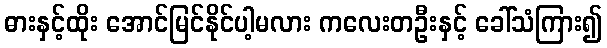
ဓားနှင့်ထိုး အောင်မြင်နိုင်ပါ့မလား ကလေးတဦးနှင့် ခေါ်သံကြား၍